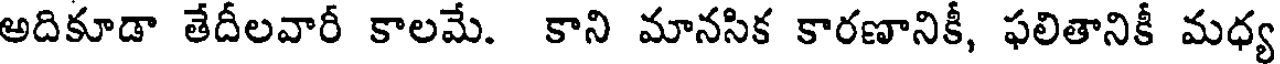
అదికూడా తేదీలవారీ కాలమే. కాని మానసిక కారణానికీ, ఫలితానికీ మధ్య